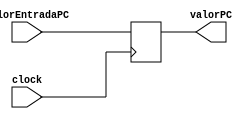
// Program Counter
// Lucas Santos Rodrigues
// Vinicius Ferreira Pinheiro

module ProgramCounter (
    clock,
    valorEntradaPC,
    valorPC
);
  input wire [7:0] valorEntradaPC;
  input wire clock;

  output wire [7:0] valorPC;

  reg [7:0] pc;
  
  initial begin
    pc = 8'b00000000;
  end

  always @(posedge clock) begin
    pc = valorEntradaPC;
  end

  assign valorPC = pc;

endmodule